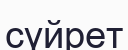
сүйрет